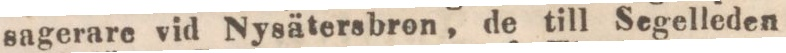
sagerare vid Nysätersbron, de till Segelleden